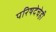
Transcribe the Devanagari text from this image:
परिषदेचेही